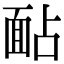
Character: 䩇